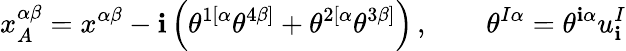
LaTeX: x_{A}^{\alpha\beta}=x^{\alpha\beta}-\mathbf{i}\left(\theta^{1[\alpha}\theta^{4\beta]}+\theta^{2[\alpha}\theta^{3\beta]}\right)\, ,\qquad\theta^{I\alpha}=\theta^{\mathbf{i}\alpha}u_{\mathbf{i}}^{I}